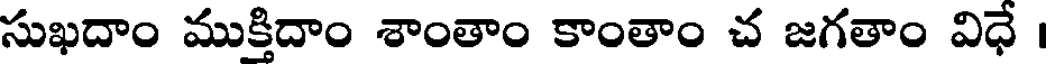
సుఖదాం ముక్తిదాం శాంతాం కాంతాం చ జగతాం విధే